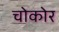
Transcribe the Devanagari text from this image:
चोकोर